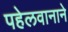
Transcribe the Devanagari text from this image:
पहेलवानाने